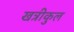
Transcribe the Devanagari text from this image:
खत्रीकुल